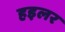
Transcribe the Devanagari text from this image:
हइलर